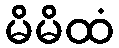
မိမိထံ